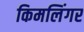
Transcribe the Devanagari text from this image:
किमलिंगर